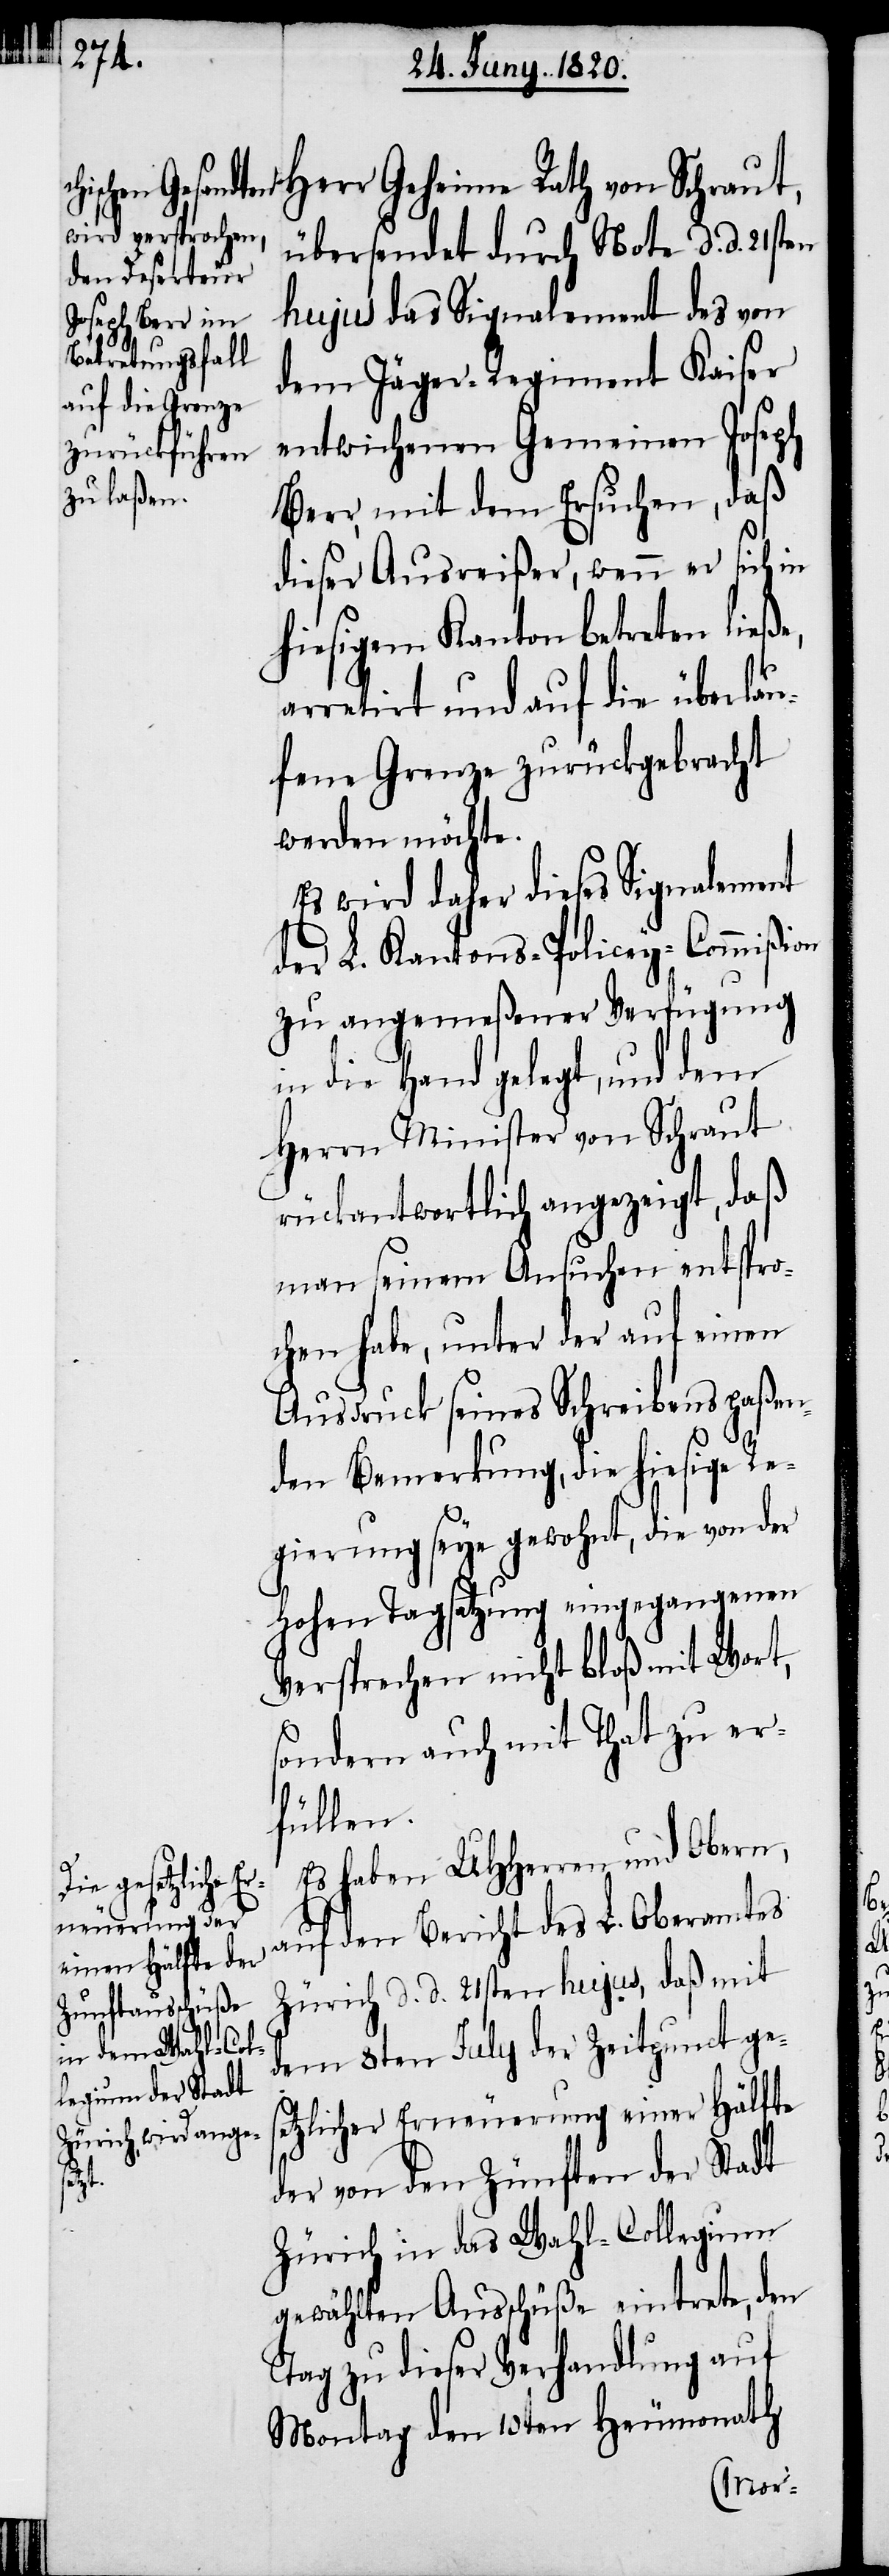
Herr Geheime Rath von Schraut,
übersendet durch Note d. d. 21sten
hujus das Signalement des von
dem Jäger-Regiment Kaiser
entwichenen Gemeinen Joseph
Beer, mit dem Ersuchen, daß
dieser Ausreißer, wenn er sich in
hiesigem Kanton betreten ließe,
arretirt und auf die überlau¬
fene Grenze zurückgebracht
werden möchte.
Es wird daher dieses Signalement
der L. Kantons-Policey-Commiβion
zu angemeßener Verfügung
in die Hand gelegt, und dem
Herrn Minister von Schraut
rückantwortlich angezeigt, daß
man seinem Ansuchen entspro¬
chen habe unter der auf einem
Ausdruck seines Schreibens paßen¬
den Bemerkung, die hiesige Re¬
gierung seye gewohnt, die von der
hohen Tagsatzung eingegangenen
Versprechen nicht bloß mit Wort,
sondern auch mit That zu er¬
füllen.
Es haben UHHerren und Obern,
auf den Bericht des L. Oberamtes
Zürich d. d. 21sten hujus, daß mit
dem 8ten July der Zeitpunct ges¬
etzlicher Erneuerung einer Hälfte
der von den Zünften der Stadt
Zürich in das Wahl-Collegium
gewählten Ausschüße eintrete, den
Tag zu dieser Verhandlung auf
Montag den 10ten Heumonath